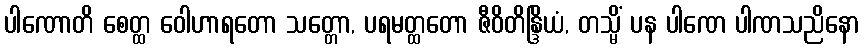
ပါဏောတိ စေတ္ထ ဝေါဟာရတော သတ္တော, ပရမတ္ထတော ဇီဝိတိန္ဒြိယံ, တသ္မိံ ပန ပါဏေ ပါဏသညိနော